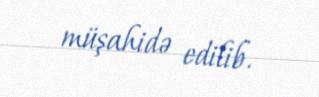
müşahidə edilib.